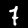
Digit: 7